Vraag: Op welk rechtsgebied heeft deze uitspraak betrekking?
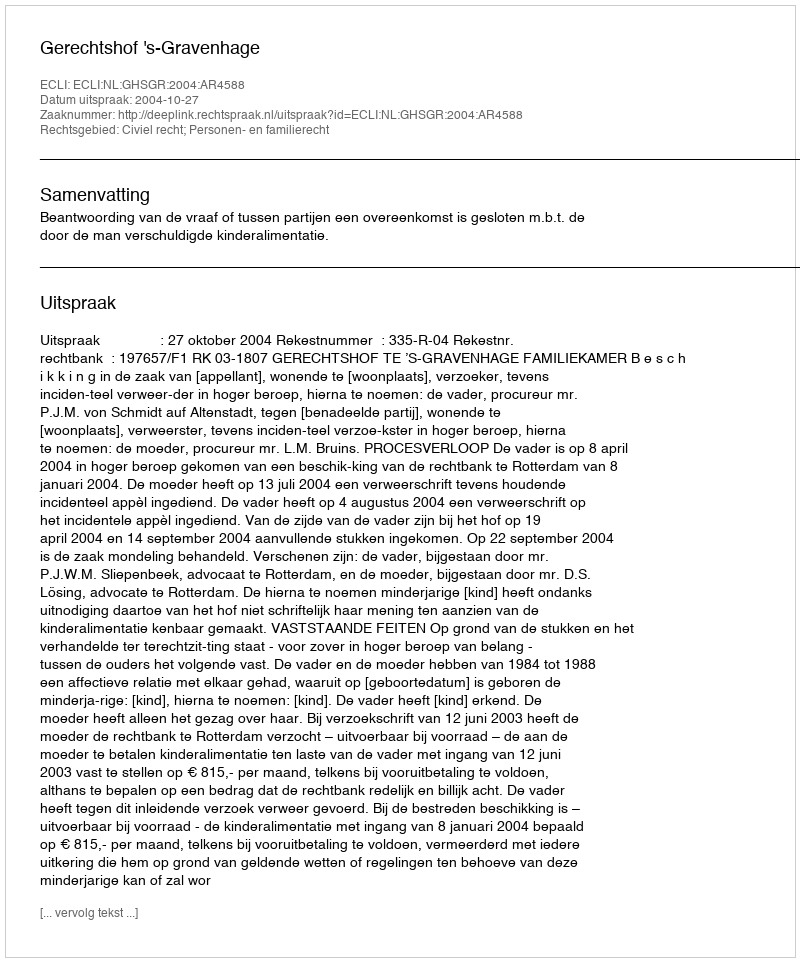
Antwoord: Civiel recht; Personen- en familierecht